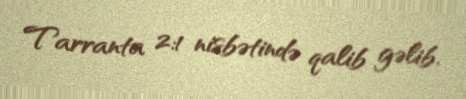
Tarranta 2:1 nisbətində qalib gəlib.